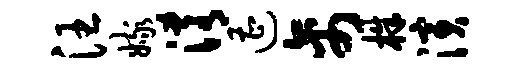
汪嫁淆遭禽株演